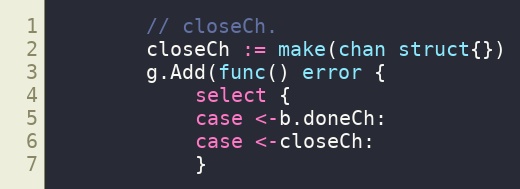
Language: Go
		// closeCh.
		closeCh := make(chan struct{})
		g.Add(func() error {
			select {
			case <-b.doneCh:
			case <-closeCh:
			}